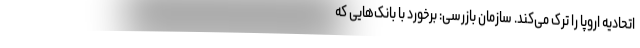
اتحادیه اروپا را ترک می‌کند. سازمان بازرسی: برخورد با بانک‌هایی که